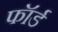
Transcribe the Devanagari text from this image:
फॉर्ड